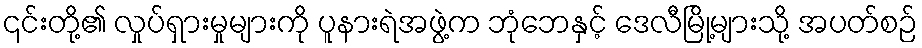
၎င်းတို့၏ လှုပ်ရှားမှုများကို ပူနားရဲအဖွဲ့က ဘုံဘေနှင့် ဒေလီမြို့များသို့ အပတ်စဉ်